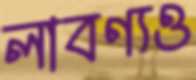
লাবণ্যও